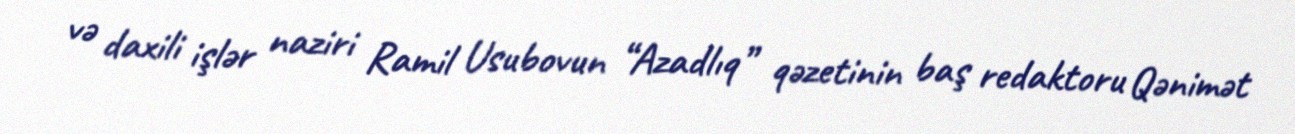
və daxili işlər naziri Ramil Usubovun “Azadlıq” qəzetinin baş redaktoru Qənimət